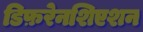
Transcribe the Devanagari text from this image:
डिफ़रेनशिएशन